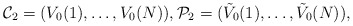
\begin{align*}\mathcal C_2=(V_0(1),\dots , V_0(N)) ,\mathcal P_2= (\tilde V_0(1),\dots ,\tilde V_0(N)),\end{align*}